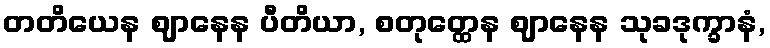
တတိယေန ဈာနေန ပီတိယာ, စတုတ္ထေန ဈာနေန သုခဒုက္ခာနံ,